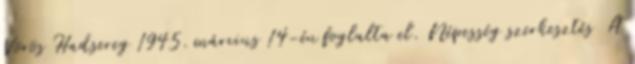
Vörös Hadsereg 1945. március 14-én foglalta el. Népesség szerkesztés A